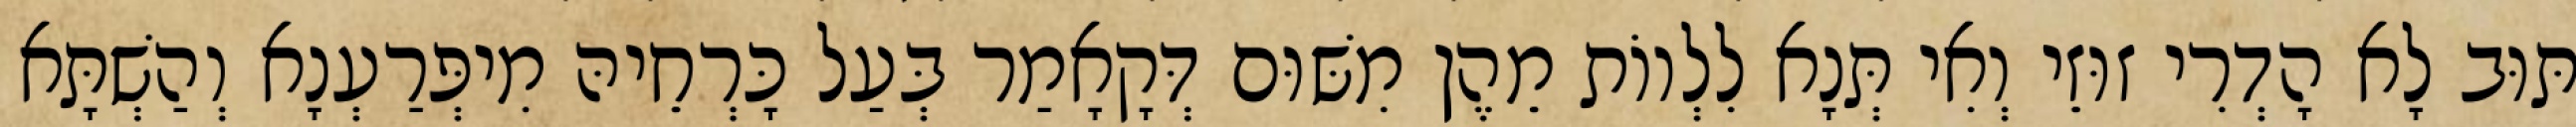
תּוּב לָא הָדְרִי זוּזֵי וְאִי תְּנָא לִלְווֹת מֵהֶן מִשּׁוּם דְּקָאָמַר בְּעַל כָּרְחֵיהּ מִיפְּרַעְנָא וְהַשְׁתָּא